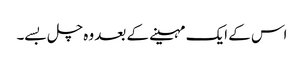
اس کے ایک مہینے کے بعد وہ چل بسے۔